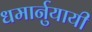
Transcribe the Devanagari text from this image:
धमार्नुयायी